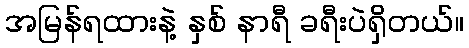
အမြန်ရထားနဲ့ နှစ် နာရီ ခရီးပဲရှိတယ်။